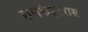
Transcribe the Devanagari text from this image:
कुणकेश्र्वरास